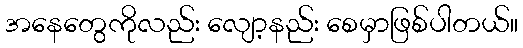
အနေတွေကိုလည်း လျော့နည်း စေမှာဖြစ်ပါတယ်။